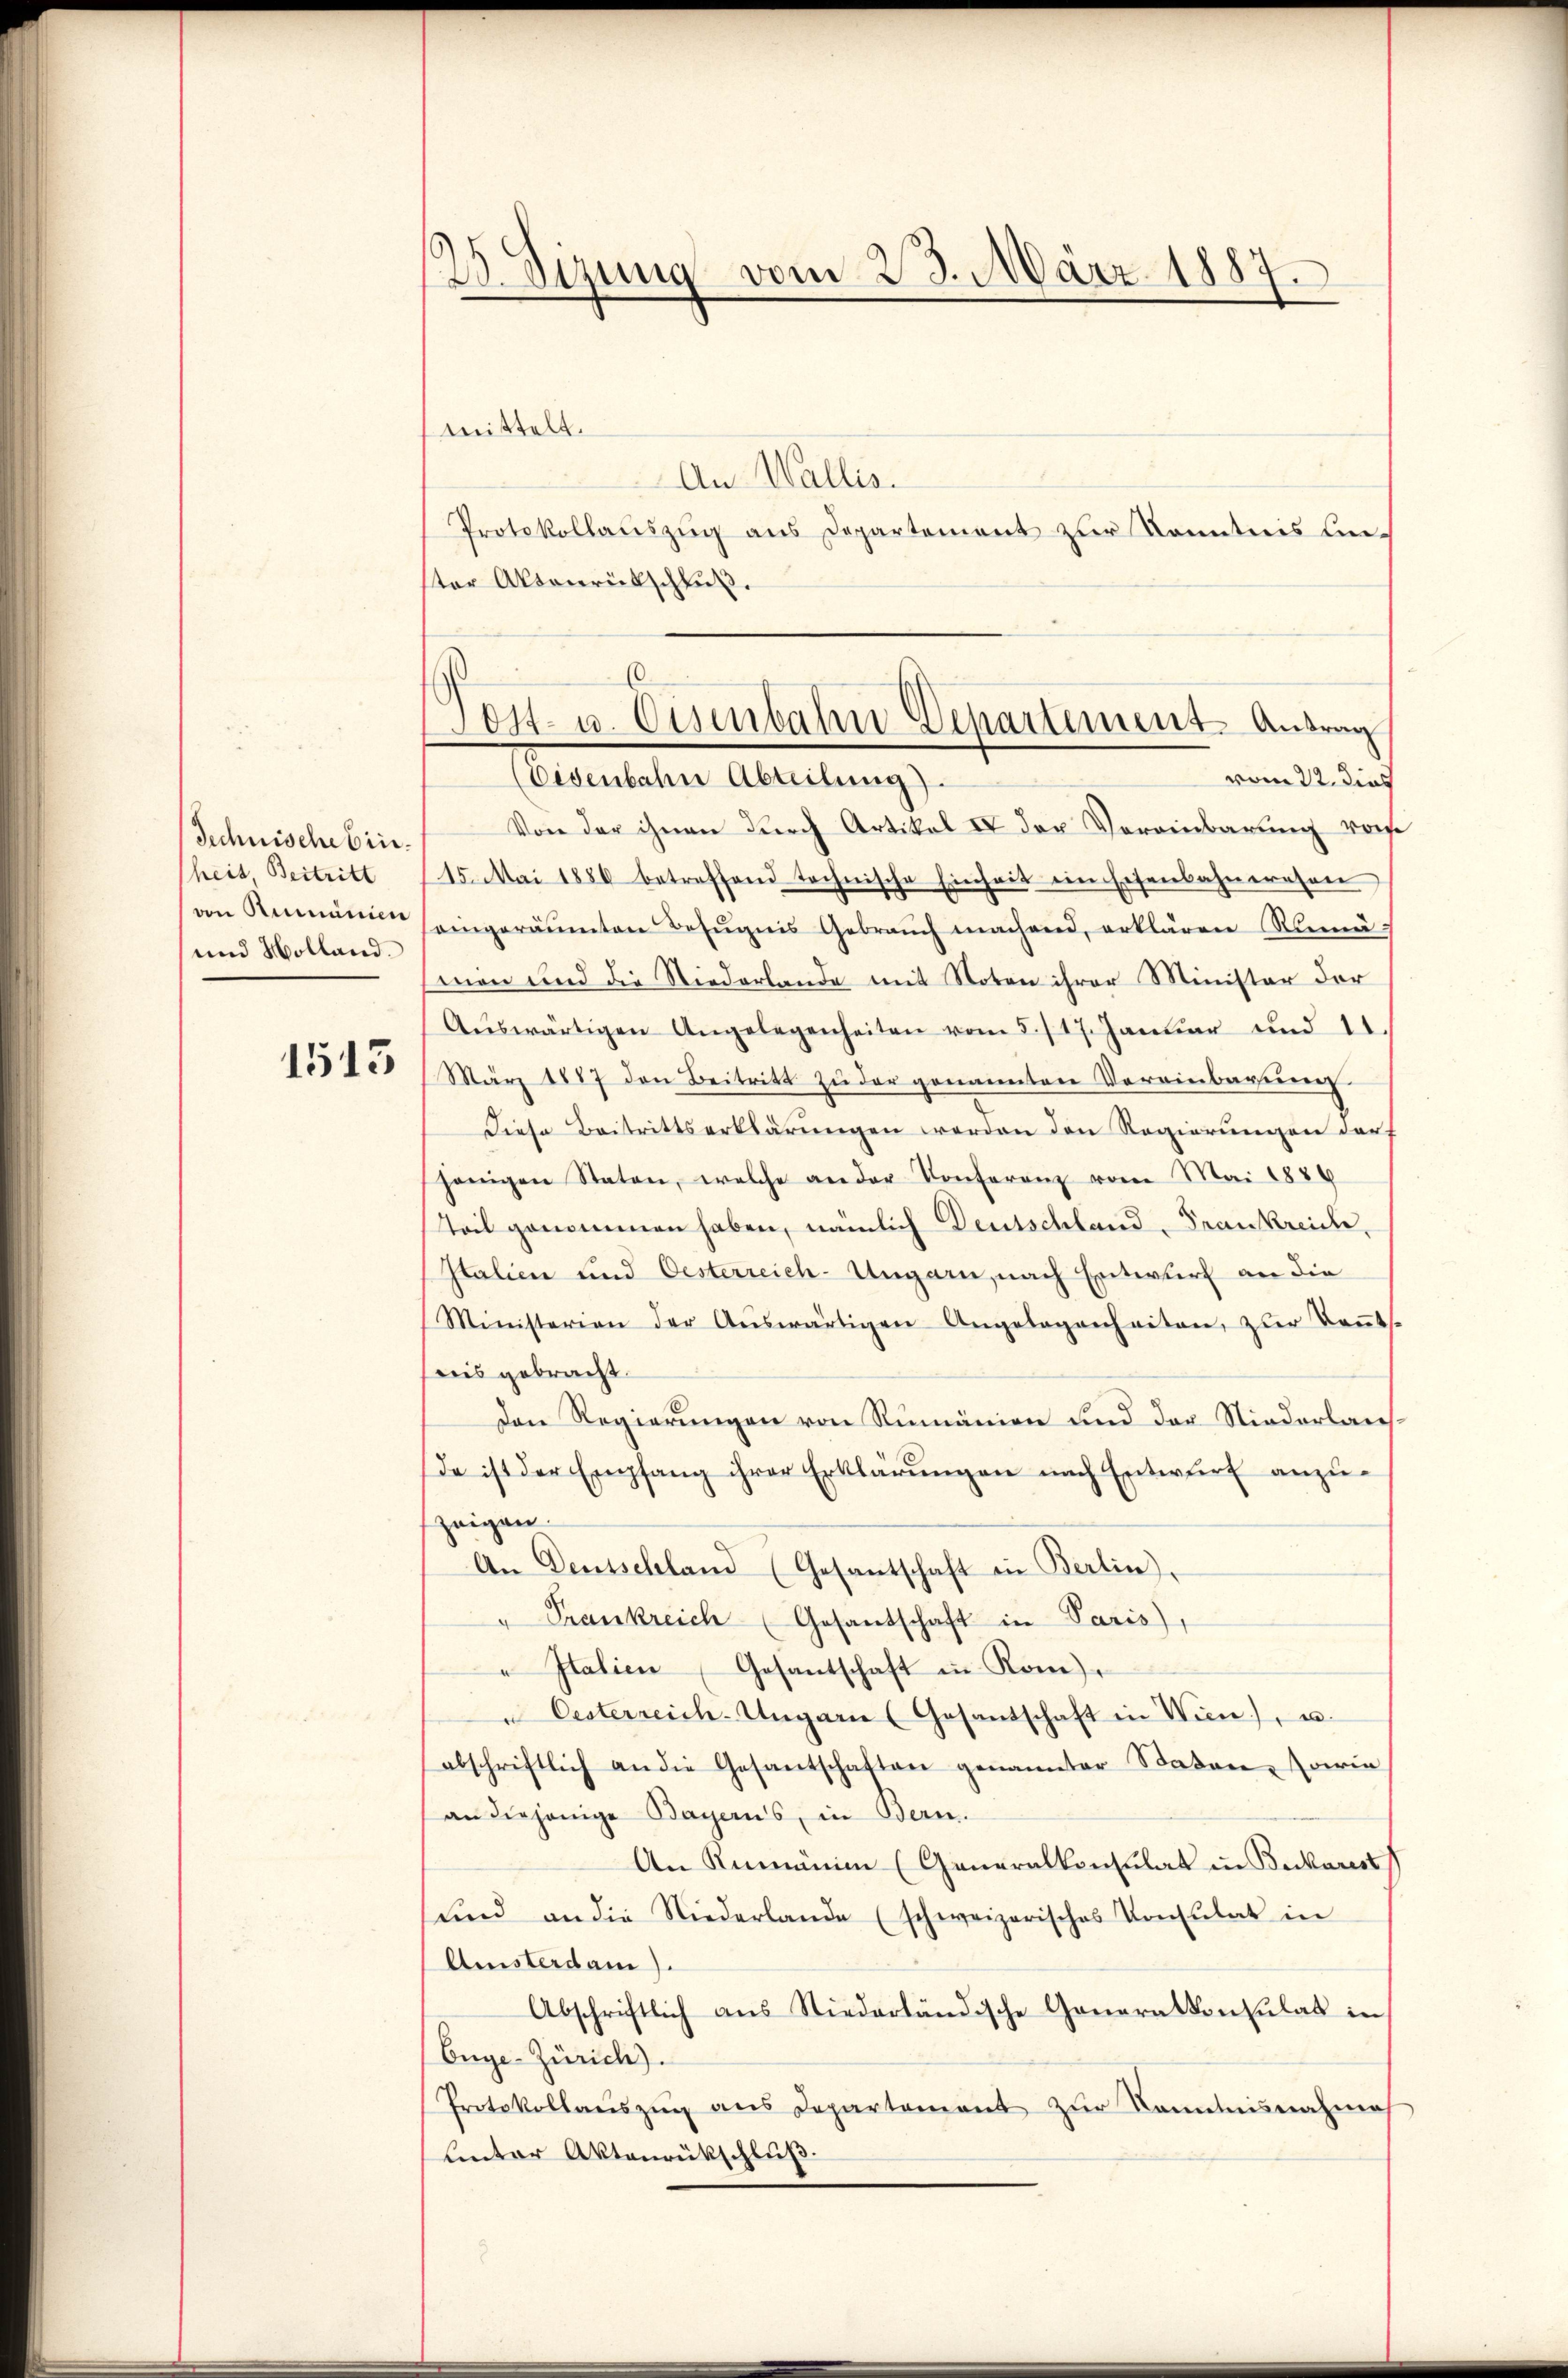
Technische brieheit, Beitritt
von Rumänien
und Holland.

1513

25. Sizung vom 23. März 1887.
.

6.
Lost- u. Eisenbahn Departement Antrag
vom 22. dies
(Eisenbahn Abteilung).

mittelt.
An Wallis.
Protokollauszug aus Departement zur Kenntnis unster Aktenrütschluß.
Von der ihnen durch Artikel IV der Vereinbarung vors
15. Mai 1886 betreffend technische Einheit ein Eisenbahneresen
aingeräumten Bezŭgnis Gebrauch machend, erklären Rumä-
men und die Niederlande mit Noten ihrer Minister der
Aŭswärtigen Angelegenheiten vom 5./17. Januar und 11
März 1887 den Beitritt zŭ der genannten Vereinbarerenz
Diese Beitrittserklärŭngen werden den Regierungen dar-
jenigen Staten, welche an der Konferenz vom Mai 1886
Teil genommen haben, nämlich Deutschland, Frankreide,
Italien und Oesterreich-Ungarn, nach Entwurf an die
Ministerien der Aŭswärtigen Angelegenheiten, zur Keṅts.
reis gebracht.
den Regierŭngen von Rumänien und der Niederlaus-
da ist der Empfang ihrer Erklärŭngen nach Entwurf anzuzeigen
An Deutschland (Gesantschaft in Berlin.
Frankreich (Gesantschaft in Paris,
" Italien (Gesantschaft in Rom
u Oesterreich-Ungarn (Gesantschaft in Wien), u.
abschriftlich an die Gesantschaften genannter Baden, sowie
an diejenige Bayens, in Bern.
An Rumänien (Generalkonsulat in Beckarest
und an die Niederlande (schweizerisches Konsulat in
Amisterdam)
Abschriftlich aus Niederländische Generalkonsulat in
Enge-Zürich).
Protokollauszug aus Departement zur Kenntnisnahme
linter Aktenrückschluß.